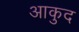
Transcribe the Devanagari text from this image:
आकुद